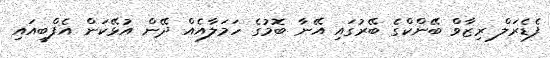
ފެޑެރަލް ރިޒާވް ބޭންކްގެ ބޭރުގައި އޭނާ ބޮމުގެ ހަމަލާއެއް ދޭން އުޅޭކަން އެފްބީއައި